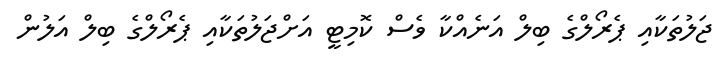
ޖަލުތަކާއި ޕެރޯލްގެ ބިލް އަނެއްކާ ވެސް ކޮމިޓީ އަށްޖަލުތަކާއި ޕެރޯލްގެ ބިލް އަލުން